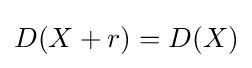
D(X+r)=D(X)